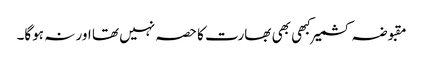
مقبوضہ کشمیر کبھی بھی بھارت کا حصہ نہیں تھا اور نہ ہوگا۔